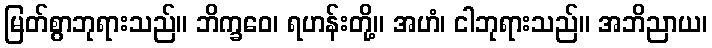
မြတ်စွာဘုရားသည်။ ဘိက္ခဝေ၊ ရဟန်းတို့။ အဟံ၊ ငါဘုရားသည်။ အဘိညာယ၊